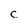
Character: c